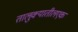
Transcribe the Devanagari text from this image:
तालुक्यातीलएक